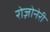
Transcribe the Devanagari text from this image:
रोज़ोनेरी